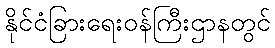
နိုင်ငံခြားရေးဝန်ကြီးဌာနတွင်